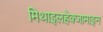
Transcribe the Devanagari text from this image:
मिथाइलहेक्जामाइन